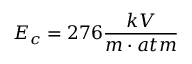
E _ { c } = 2 7 6 \frac { k V } { m \cdot a t m }